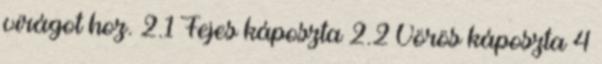
virágot hoz. 2.1 Fejes káposzta 2.2 Vörös káposzta 4